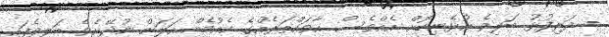
- ދަރިފުޅު ބަލިވެ އުޅެނިކޮށް އެއްވެސް އާވައްތަރެއްގެ ކެއުމެއް އަލަށް ނުދޭށެވެ. ބަލިވެފައި